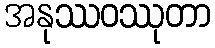
အနုဿဝဿုတာ